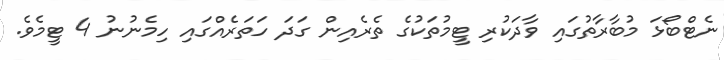
ނެޓްބޯޅަ މުބާރާތުގައި ވާދަކުރި ޓީމުތަކުގެ ތެރެއިން ގަދަ ހަތަރެއްގައި ހިމެނުނު 4 ޓީމެވެ.